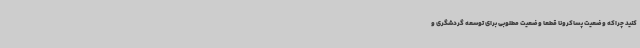
کنید چراکه وضعیت پساکرونا قطعاً وضعیت مطلوبی برای توسعه گردشگری و